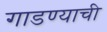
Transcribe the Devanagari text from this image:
गाडण्याची